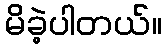
မိခဲ့ပါတယ်။